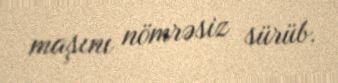
maşını nömrəsiz sürüb.